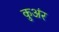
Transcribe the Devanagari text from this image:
कुअंर